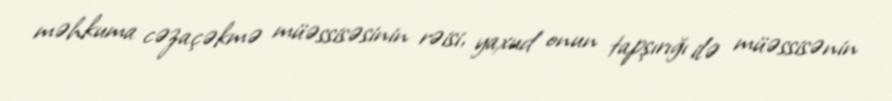
məhkuma cəzaçəkmə müəssisəsinin rəisi, yaxud onun tapşırığı ilə müəssisənin